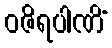
ဝဇိရပါဏိံ